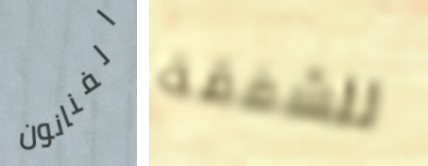
الفنانون للشفقة